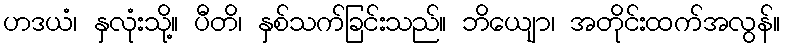
ဟဒယံ၊ နှလုံးသို့။ ပီတိ၊ နှစ်သက်ခြင်းသည်။ ဘိယျော၊ အတိုင်းထက်အလွန်။